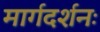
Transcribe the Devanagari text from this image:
मार्गदर्शनः